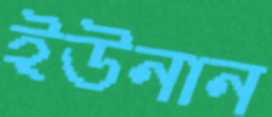
ইউনান